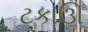
ટકાઊ